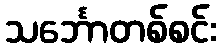
သင်္ဘောတစ်စင်း